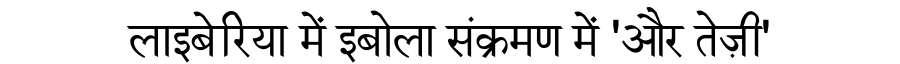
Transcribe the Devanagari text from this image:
लाइबेरिया में इबोला संक्रमण में 'और तेज़ी'